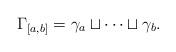
LaTeX: \begin{align*}\Gamma_{[a,b]} = \gamma_a \sqcup \cdots \sqcup \gamma_b.\end{align*}